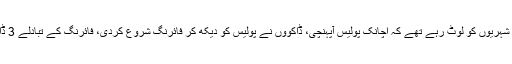
فیروزوالا میں شرقپور کے قریب ڈاکو ناکہ لگا کر شہریوں کو لوٹ رہے تھے کہ اچانک پولیس آپہنچی، ڈاکووں نے پولیس کو دیکھ کر فائرنگ شروع کردی، فائرنگ کے تبادلے 3 ڈاکو ہلاک جب کہ 4 فرارہونے میں کامیاب ہوگئے۔